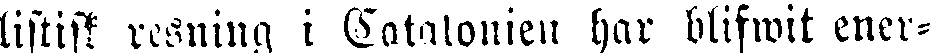
listisk resning i Catalonien har blifwit ener-